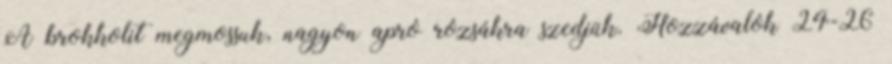
A brokkolit megmossuk, nagyon apró rózsákra szedjük. Hozzávalók 24-26